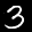
Label: 3